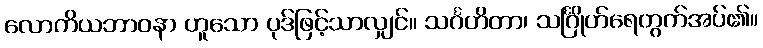
လောကိယဘာဝနာ ဟူသော ပုဒ်ဖြင့်သာလျှင်။ သင်္ဂဟိတာ၊ သင်္ဂြိုဟ်ရေတွက်အပ်၏။